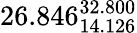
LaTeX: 26.846_{14.126}^{32.800}